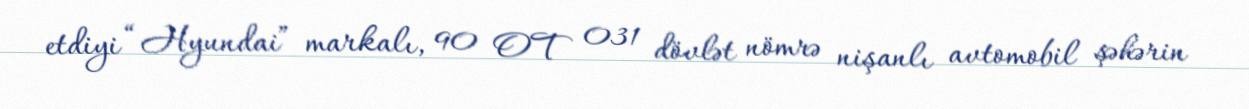
etdiyi “Hyundai” markalı, 90 OT 031 dövlət nömrə nişanlı avtomobil şəhərin